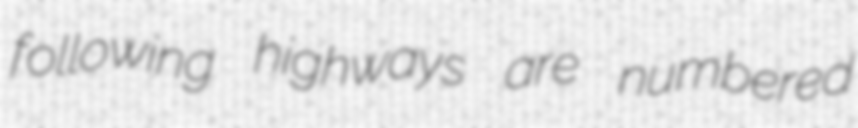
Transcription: following highways are numbered